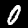
Digit: 0